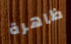
ظاهرة